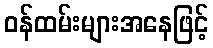
ဝန်ထမ်းများအနေဖြင့်